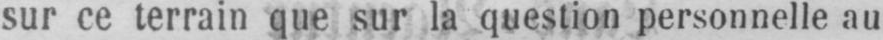
sur ce terrain que sur la question personnelle au